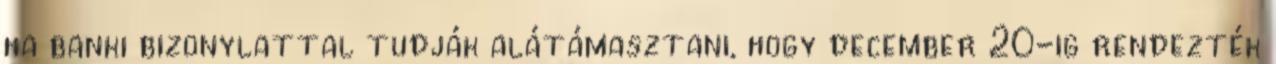
ha banki bizonylattal tudják alátámasztani, hogy december 20-ig rendezték